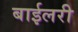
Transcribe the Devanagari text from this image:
बाईलरी